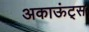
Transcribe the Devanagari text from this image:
अकाऊंट्‌स